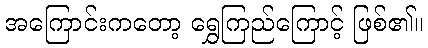
အကြောင်းကတော့ ရွှေကြည်ကြောင့် ဖြစ်၏။